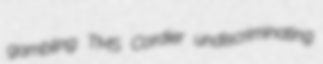
gambling TMS Cordier undiscriminating